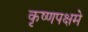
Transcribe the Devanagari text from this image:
कृष्णपक्षमे